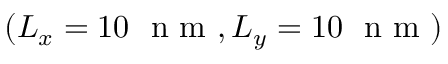
( L _ { x } = 1 0 ~ \mathrm { ~ n ~ m ~ } , L _ { y } = 1 0 ~ \mathrm { ~ n ~ m ~ } )